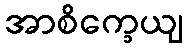
အာစိက္ခေယျ